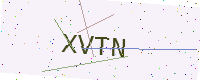
Text: XVTN